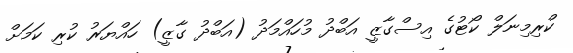
ކްރިމިނަލް ކޯޓުގެ އިސްގާޒީ އަބްދު މުހައްމަދު (އަބްދު ގާޒީ) ހައްޔަރު ކުރި ކަމަށް